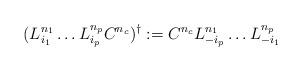
LaTeX: \begin{align*}(L_{i_1}^{n_1} \ldots L_{i_p}^{n_p} C^{n_c})^\dagger := C^{n_c} L_{-i_p}^{n_1} \ldots L_{-i_1}^{n_p}\end{align*}